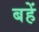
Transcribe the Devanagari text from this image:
बहें